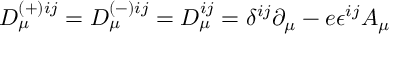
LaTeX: D _ { \mu } ^ { ( + ) i j } = D _ { \mu } ^ { ( - ) i j } = D _ { \mu } ^ { i j } = \delta ^ { i j } \partial _ { \mu } - e \epsilon ^ { i j } A _ { \mu }